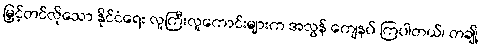
မြှင့်တင်လိုသော နိုင်ငံရေး လူကြီးလူကောင်းများက အလွန် ကျေနပ် ကြပါတယ်၊ တချို့